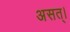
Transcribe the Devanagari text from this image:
असत्।